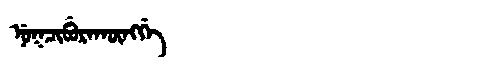
Manchu: ᠨᡠᡴᠴᡳᠪᡠᡵᠠᡴᡡᠩᡤᡝ
Romanization: NUKCIBURAKŪNGGE